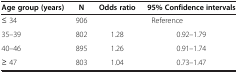
<table><thead><tr><td><b>Age group (years)</b></td><td><b>N</b></td><td><b>Odds ratio</b></td><td><b>95% Confidence intervals</b></td></tr></thead><tbody><tr><td>≤ 34</td><td>906</td><td> </td><td>Reference</td></tr><tr><td>35–39</td><td>802</td><td>1.28</td><td>0.92–1.79</td></tr><tr><td>40–46</td><td>895</td><td>1.26</td><td>0.91–1.74</td></tr><tr><td>≥ 47</td><td>803</td><td>1.04</td><td>0.73–1.47</td></tr></tbody></table>